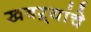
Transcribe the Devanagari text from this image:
खबऱ्यांचे